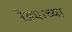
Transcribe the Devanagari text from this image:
रेड्याच्या